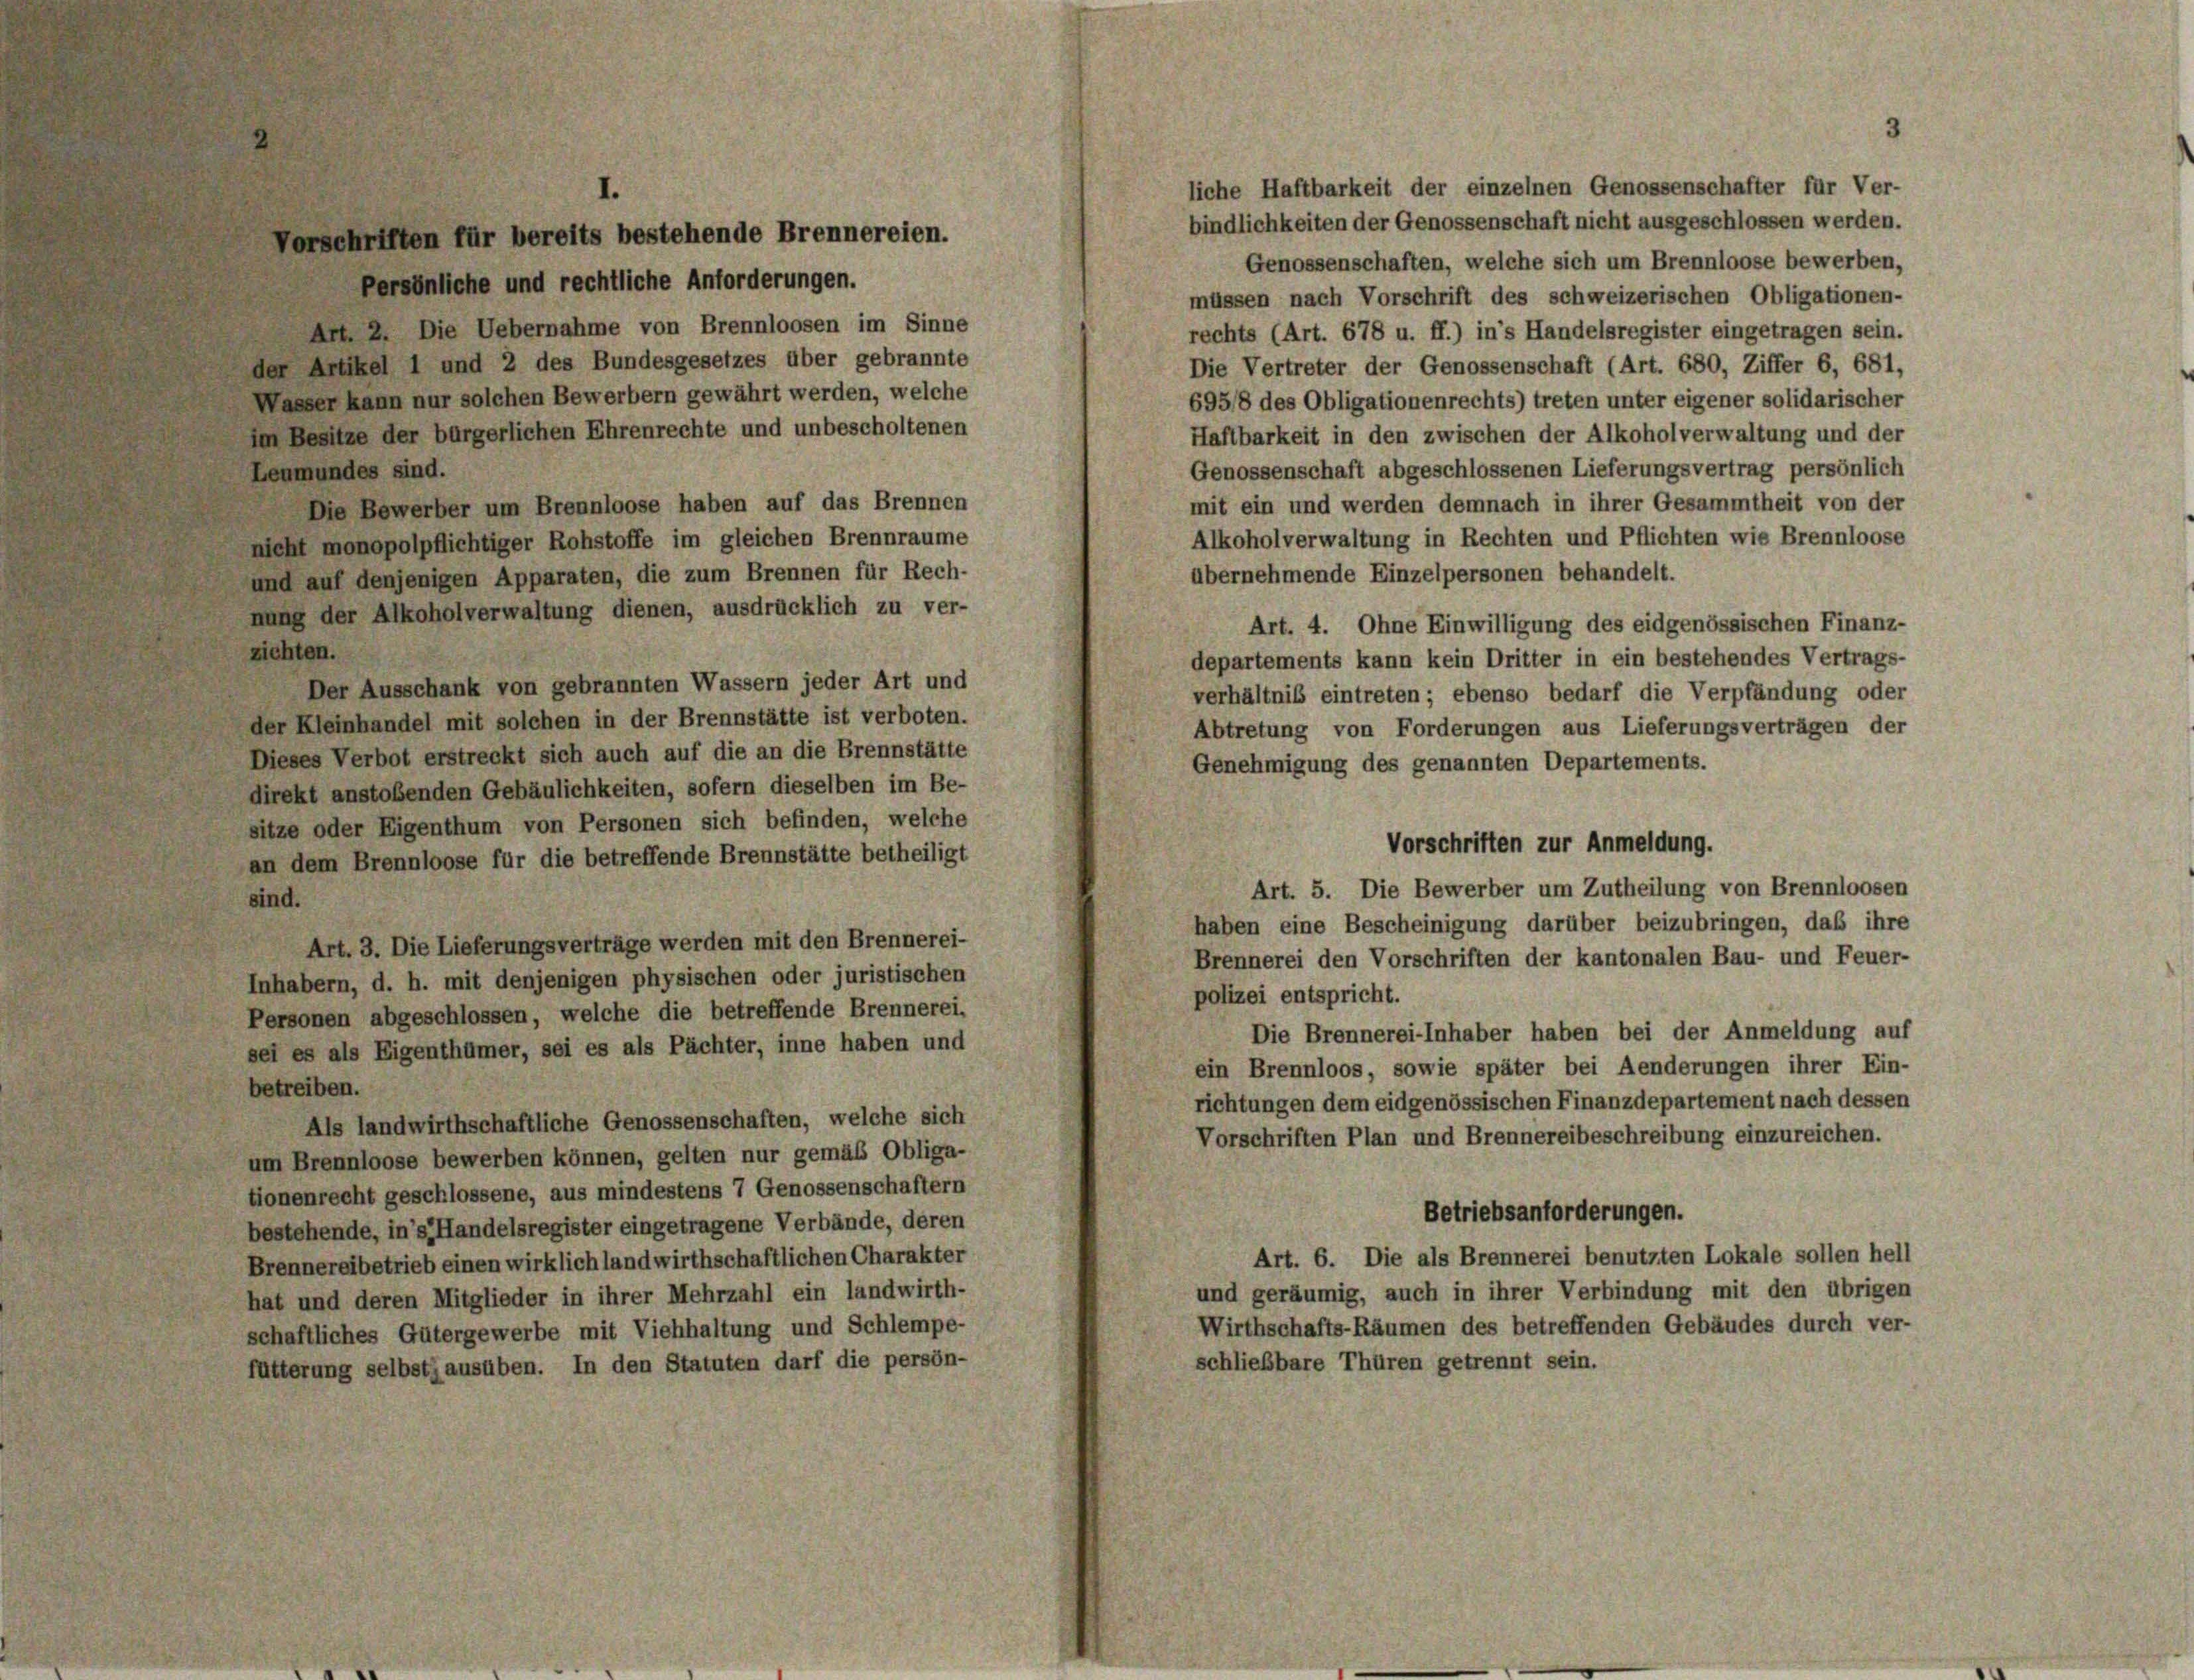
Persönliche und rechtliche Anforderungen.
Art. 2. Die Uebernahme von Brennloosen im Sinne
der Artikel 1 und 2 des Bundesgesetzes über gebrannte
Wasser kann nur solchen Bewerbern gewährt werden, welche
ten Besitze der bürgerlichen Ehrenrechte und unbescholtenen
Leumundes sind.
Die Bewerber um Brennloose haben auf das Brennen
nicht monopolpflichtiger Rohstoffe im gleichen Brennraume
und auf denjenigen Apparaten, die zum Brennen für Rech-
nung der Alkoholverwaltung dienen, ausdrücklich zu ver-
zichten.
Der Ausschank von gebrannten Wassern jeder Art und
der Kleinhandel mit solchen in der Brennstätte ist verboten.
Abtretung von Forderungen aus Lieferungsverträgen der
Dieses Verbot erstreckt sich auch auf die an die Brennstätte
Genehmigung des genannten Departements.
direkt anstoßenden Gebäulichkeiten, sofern dieselben im Be-
sitze oder Eigenthum von Personen sich befinden, welche
Vorschriften zur Anmeldung.
an dem Brennloose für die betreffende Brennstätte betheiligt
Art. 5. Die Bewerber um Zutheilung von Brennloosen
sind.
haben eine Bescheinigung darüber beizubringen, das ihre
Art. 3. Die Lieferungsverträge werden mit den Brennerei-
Brennerei den Vorschriften der kantonalen Bau- und Feuer-
Inhabern, d. h. mit denjenigen physischen oder juristischen
polizei entspricht.
Personen abgeschlossen, welche die betreffende Brennerei.
Die Brennerei-Inhaber haben bei der Anmeldung auf
sei es als Eigenthümer, sei es als Pächter, inne haben und
ein Brennloos, sowie später bei Aenderungen ihrer Ein-
betreiben.
richtungen dem eidgenössischen Finanzdepartement nach dessen
Als landwirthschaftliche Genossenschaften, welche sich
Vorschriften Plan und Brennereibeschreibung einzureichen.
um Brennloose bewerben können, gelten nur gemäß Obliga-
tionenrecht geschlossene, aus mindestens 7 Genossenschaftern
Betriebsanforderungen.
bestehende, in’s Handelsregister eingetragene Verbände, deren
Art. 6. Die als Brennerei benutzten Lokale sollen hell
Brennereibetrieb einen wirklich landwirthschaftlichen Charakter
und geräumig, auch in ihrer Verbindung mit den übrigen
hat und deren Mitglieder in ihrer Mehrzahl ein landwirth-
Wirthschafts-Räumen des betreffenden Gebäudes durch ver-
schaftliches Gütergewerbe mit Viehhaltung und Schlempe-
schließbare Thüren getrennt sein.
fütterung selbst ausüben. In den Statuten darf die persön-

Vorschriften für bereits bestehende Brennereien.

liche Haftbarkeit der einzelnen Genossenschafter für Ver-
bindlichkeiten der Genossenschaft nicht ausgeschlossen werden.
Genossenschaften, welche sich um Brennloose bewerben,
müssen nach Vorschrift des schweizerischen Obligationen-
rechts (Art. 678 u. ff.) in’s Handelsregister eingetragen sein.
Die Vertreter der Genossenschaft (Art. 680, Ziffer 6, 681,
695/8 des Obligationenrechts) treten unter eigener solidarischer
Haftbarkeit in den zwischen der Alkoholverwaltung und der
Genossenschaft abgeschlossenen Lieferungsvertrag persönlich
mit ein und werden demnach in ihrer Gesammtheit von der
Alkoholverwaltung in Rechten und Pflichten wie Brennloose
übernehmende Einzelpersonen behandelt.
Art. 4. Ohne Einwilligung des eidgenössischen Finanz-
departements kann kein Dritter in ein bestehendes Vertrags-
verhältniß eintreten; ebenso bedarf die Verpfändung oder